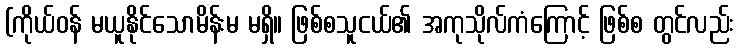
(ကိုယ်ဝန် မယူနိုင်သောမိန်းမ မရှိ။ ဖြစ်စသူငယ်၏ အကုသိုလ်ကံကြောင့် ဖြစ်စ တွင်လည်း